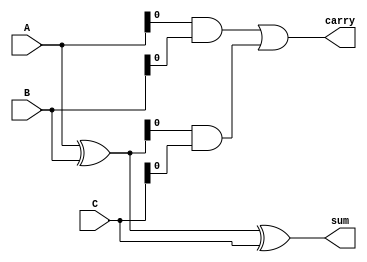
module carry_save_adder (
    input [3:0] A,
    input [3:0] B,
    input [3:0] C,
    output [3:0] sum,
    output carry
);
    wire [3:0] sum1, carry1;
    wire [3:0] sum2, carry2;

    // First Carry Save Addition of A and B
    assign sum1 = A ^ B;        // Sum output
    assign carry1 = A & B;      // Carry output

    // Second Carry Save Addition of sum1 and C
    assign sum2 = sum1 ^ C;     // Intermediate sum
    assign carry2 = carry1 | (sum1 & C); // Final carry

    assign sum = sum2;
    assign carry = carry2;

endmodule